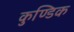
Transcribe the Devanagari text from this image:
कुण्डिक